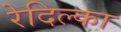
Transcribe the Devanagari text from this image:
रेदिल्का